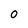
Character: O